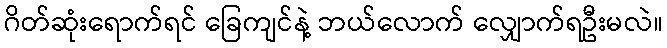
ဂိတ်ဆုံးရောက်ရင် ခြေကျင်နဲ့ ဘယ်လောက် လျှောက်ရဦးမလဲ။